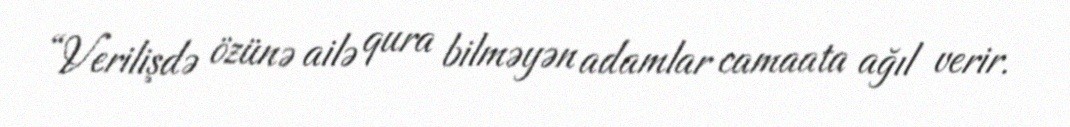
“Verilişdə özünə ailə qura bilməyən adamlar camaata ağıl verir.